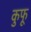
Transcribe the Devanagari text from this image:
कुफू